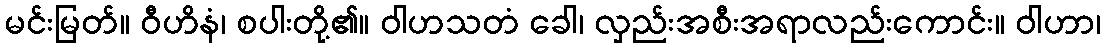
မင်းမြတ်။ ဝီဟိနံ၊ စပါးတို့၏။ ဝါဟသတံ ခေါ၊ လှည်းအစီးအရာလည်းကောင်း။ ဝါဟာ၊